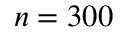
n = 3 0 0